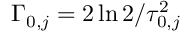
\Gamma _ { 0 , j } = 2 \ln { 2 } / \tau _ { 0 , j } ^ { 2 }